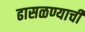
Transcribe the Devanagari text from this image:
ढासळण्याची